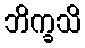
ဘိက္ခသိ